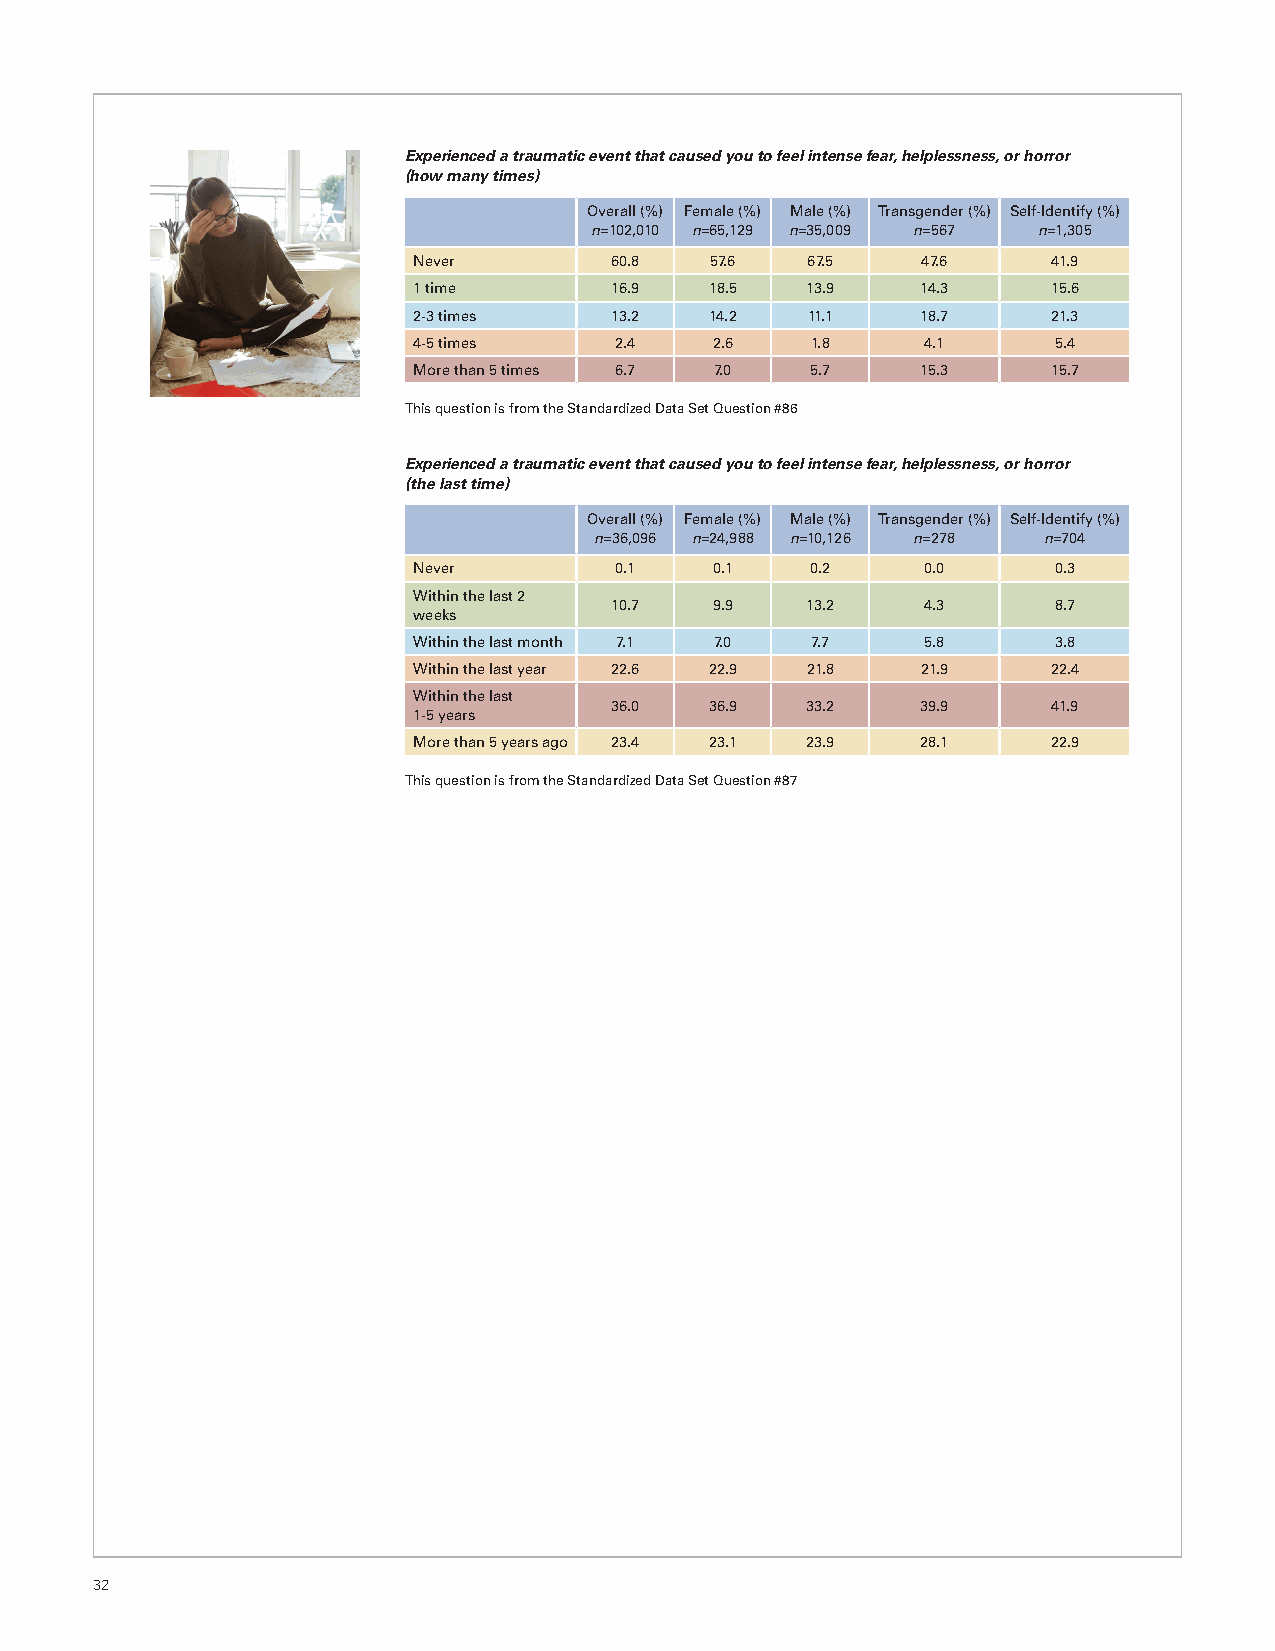
Experienced a traumatic event that caused you to feel intense fear, helplessness, or horror
 (how many times)
 Overall (%) Female (%) Male (%) Transgender (%) Self-Identify (%)
 n=102,010 n=65,129 n=35,009 n=567 n=1,305
 Never        60.8   57.6  67.5    47.6     41.9
 1 time       16.9   18.5  13.9    14.3     15.6
 2-3 times    13.2   14.2  11.1    18.7     21.3
 4-5 times     2.4   2.6    1.8    4.1      5.4
 More than 5 times 6.7 7.0  5.7    15.3     15.7
 This question is from the Standardized Data Set Question #86
 Experienced a traumatic event that caused you to feel intense fear, helplessness, or horror
 (the last time)
 Overall (%) Female (%) Male (%) Transgender (%) Self-Identify (%)
 n=36,096 n=24,988 n=10,126 n=278 n=704
 Never         0.1   0.1    0.2    0.0      0.3
 Within the last 2
 10.7   9.9   13.2    4.3      8.7
 weeks
 Within the last month 7.1 7.0 7.7 5.8      3.8
 Within the last year 22.6 22.9 21.8 21.9   22.4
 Within the last
 36.0   36.9  33.2    39.9     41.9
 1-5 years
 More than 5 years ago 23.4 23.1 23.9 28.1  22.9
 This question is from the Standardized Data Set Question #87
 32